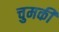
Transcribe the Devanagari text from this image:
चुमकी